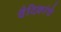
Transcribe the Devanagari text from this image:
वैदिकांचे